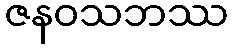
ဇနဝသဘဿ